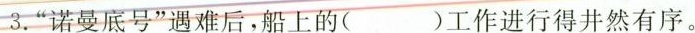
3.”诺曼底号”遇难后，船上的()工作进行得井然有序。